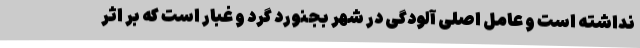
نداشته است و عامل اصلی آلودگی در شهر بجنورد گرد و غبار است که بر اثر